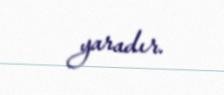
yaradır.